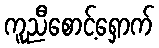
ကူညီစောင့်ရှောက်